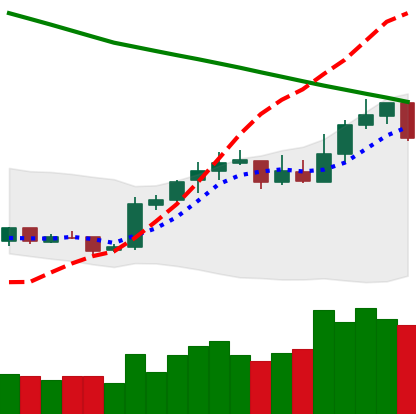
Ticker: NEO-USD
Chart end date: 2019-02-21
Forward return: 5.794%
Label: up_5_7